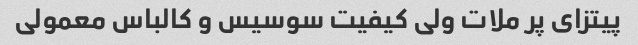
پیتزای پر ملات ولی کیفیت سوسیس و کالباس معمولی